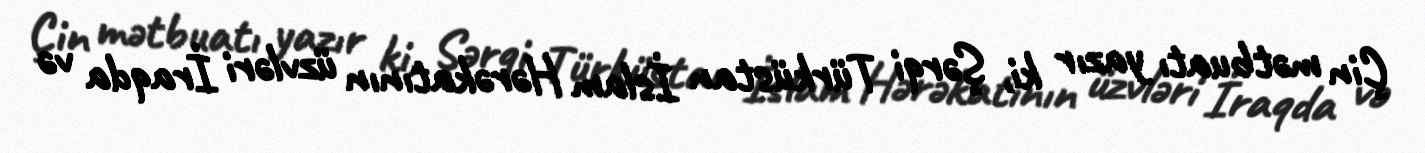
Çin mətbuatı yazır ki, Şərqi Türküstan İslam Hərəkatının üzvləri İraqda və